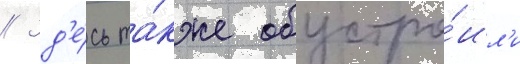
// Зд'е́сь та́кже обустро́ил'и